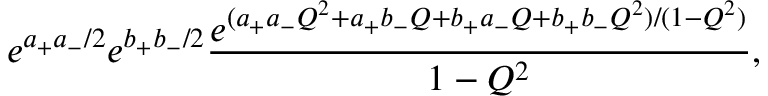
e ^ { a _ { + } a _ { - } / 2 } e ^ { b _ { + } b _ { - } / 2 } \frac { e ^ { ( a _ { + } a _ { - } Q ^ { 2 } + a _ { + } b _ { - } Q + b _ { + } a _ { - } Q + b _ { + } b _ { - } Q ^ { 2 } ) / ( 1 - Q ^ { 2 } ) } } { 1 - Q ^ { 2 } } ,